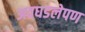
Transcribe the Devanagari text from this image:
अवघडलेपण